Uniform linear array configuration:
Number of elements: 32
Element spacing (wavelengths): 0.25
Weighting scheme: exponential
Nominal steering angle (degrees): -45
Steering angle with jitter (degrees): -43.506
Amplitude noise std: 0.05
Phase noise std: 0.05

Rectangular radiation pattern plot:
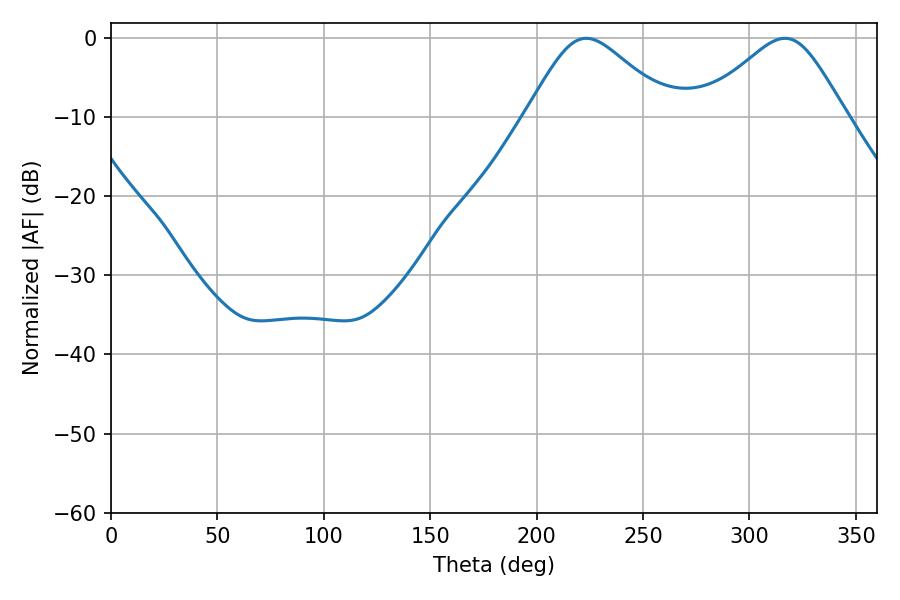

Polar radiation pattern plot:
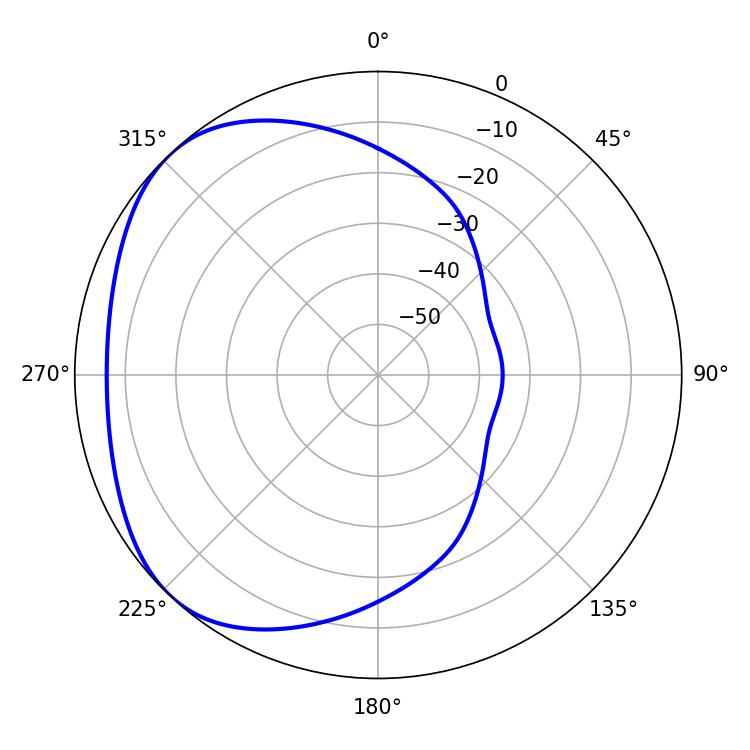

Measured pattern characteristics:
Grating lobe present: FALSE
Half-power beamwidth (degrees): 33.3
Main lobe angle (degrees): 223.2